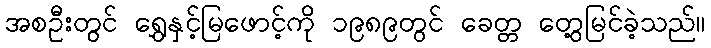
အစဦးတွင် ရွှေနှင့်မြဖောင့်ကို ၁၉၈၉တွင် ခေတ္တ တွေ့မြင်ခဲ့သည်။